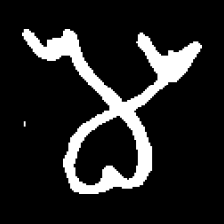
Pyu character \u2014 Myanmar letter: မ (romanized: ma)